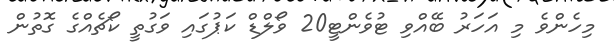
މިހެންވެ މި އަހަރު ބޭއްވި ޓުވެންޓީ20 ވޯލްޑް ކަޕުގައި ވަގުތީ ކޯޗެއްގެ ގޮތުން